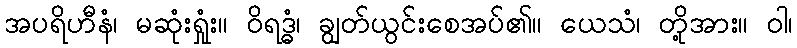
အပရိဟီနံ၊ မဆုံးရှုံး။ ဝိရဒ္ဓံ၊ ချွတ်ယွင်းစေအပ်၏။ ယေသံ၊ တို့အား။ ဝါ၊